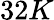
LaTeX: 32K